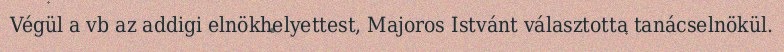
Végül a vb az addigi elnökhelyettest, Majoros Istvánt választotta tanácselnökül.